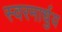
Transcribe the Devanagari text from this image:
स्‍वरमार्धुय